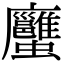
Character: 𧖇